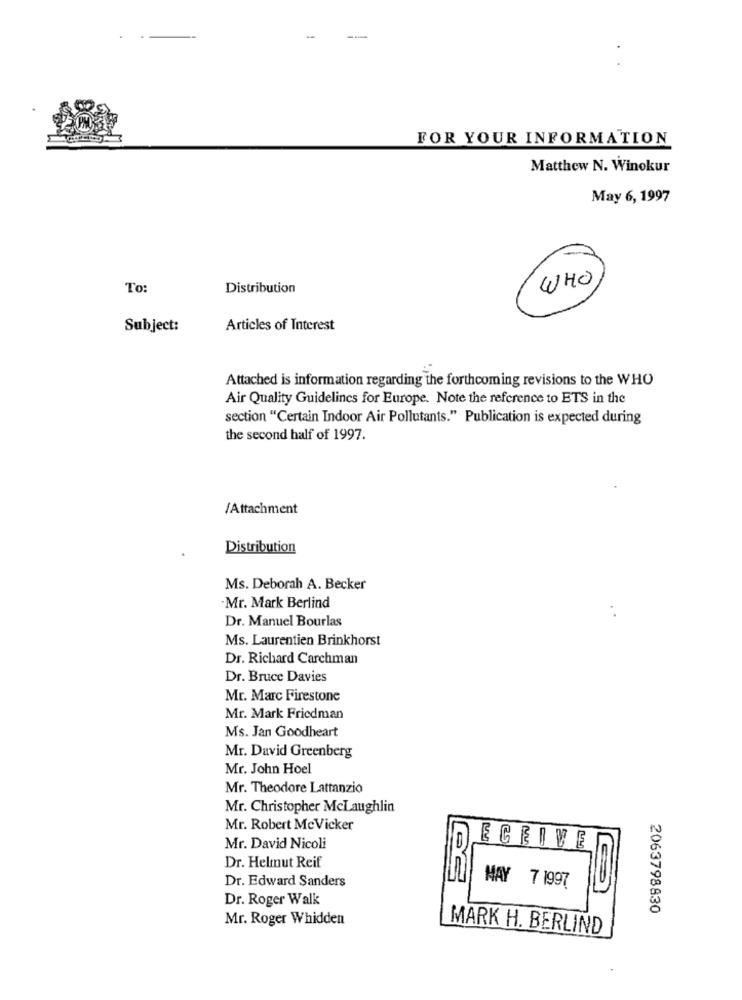
FOR YOUR INFORMATION
Matthew N. Winokur
May 6, 1997
To:
Distribution
WHO
Subject:
Articles of Interest
Attached is information regarding the forthcoming revisions to the WHO
Air Quality Guidelines for Europe. Note the reference to ETS in the
section "Certain Indoor Air Pollutants." Publication is expected during
the second half of 1997.
/Attachment
Distribution
Ms. Deborah A. Becker
Mr. Mark Berlind
Dr. Manuel Bourlas
Ms. Laurentien Brinkhorst
Dr. Richard Carchman
Dr. Bruce Davies
Mr. Marc Firestone
Mr. Mark Friedman
Ms. Jan Goodheart
Mr. David Greenberg
Mr. John Hoel
Mr. Theodore Lattanzio
Mr. Christopher Mclaughlin
Mr. Robert MeVicker
Mr. David Nicoli
ECEIVE
Dr. Helmut Reif
Dr. Edward Sanders
MAY 7 1997
Dr. Roger Walk
2063798830
Mr. Roger Whidden
MARK H. BERLIND